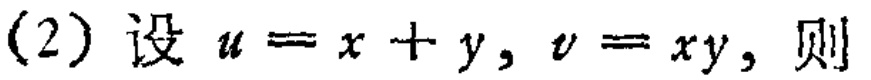
(2) 设 \(u = x + y\), \(v = xy\), 则